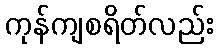
ကုန်ကျစရိတ်လည်း